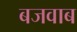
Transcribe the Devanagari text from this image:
बजवाब